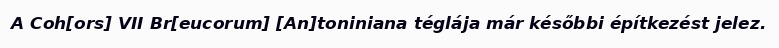
A Coh[ors] VII Br[eucorum] [An]toniniana téglája már későbbi építkezést jelez.